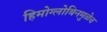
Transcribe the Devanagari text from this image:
हिमोग्लोबिनमुळेच